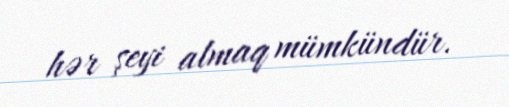
hər şeyi almaq mümkündür.